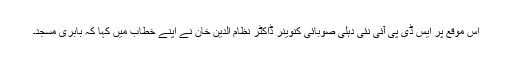
اس موقع پر ایس ڈی پی آئی نئی دہلی صوبائی کنوینر ڈاکٹر نظام الدین خان نے اپنے خطاب میں کہا کہ بابری مسجد۔